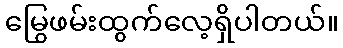
မြွေဖမ်းထွက်လေ့ရှိပါတယ်။